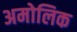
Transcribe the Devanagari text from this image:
अमोलिक